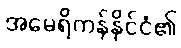
အမေရိကန်နိုင်ငံ၏